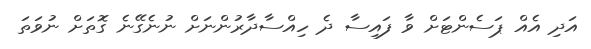
އަދި އެއް ޕަސެންޓަށް ވާ ފައިސާ ދެ ހިއްސާދާރުންނަށް ނުނެގޭނެ ގޮތަށް ނުވަތަ